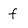
Character: f